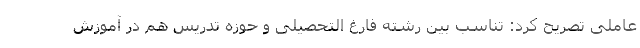
عاملی تصریح کرد: تناسب بین رشته فارغ التحصیلی و حوزه تدریس هم در آموزش